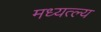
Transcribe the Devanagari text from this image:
मध्यत्ल्य